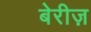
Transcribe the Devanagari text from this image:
बेरीज़